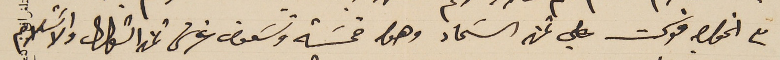
مع الخواجه فوكت علي ثمن السَماد وهوا خمسَة وتسَعون غرش ثمن الشوال والاسَتلام